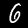
Label: 6